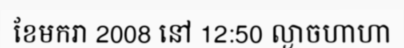
ខែមករា 2008 នៅ 12:50 ល្ងាចហាហា